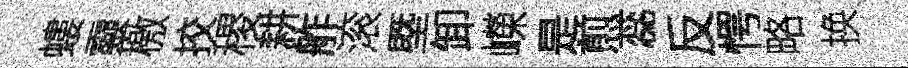
螻靈檄挍稷耕舴滚塈卸嶸是煎蕊反愕略换